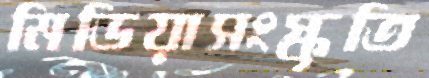
মিডিয়াসংস্কৃতি